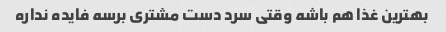
بهترین غذا هم باشه وقتی سرد دست مشتری برسه فایده نداره